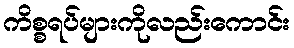
ကိစ္စရပ်များကိုလည်းကောင်း